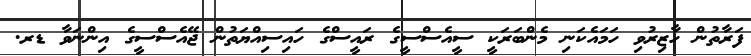
ފަރާތުން ހާޒިރުވި ހަަމައެކަނި މެންބަރަކީ ސީއެސްސީގެ ރައީސްގެ ހައިސިއްޔަތުން ޖޭއެސްސީގެ އިންނަވާ ޑރ.